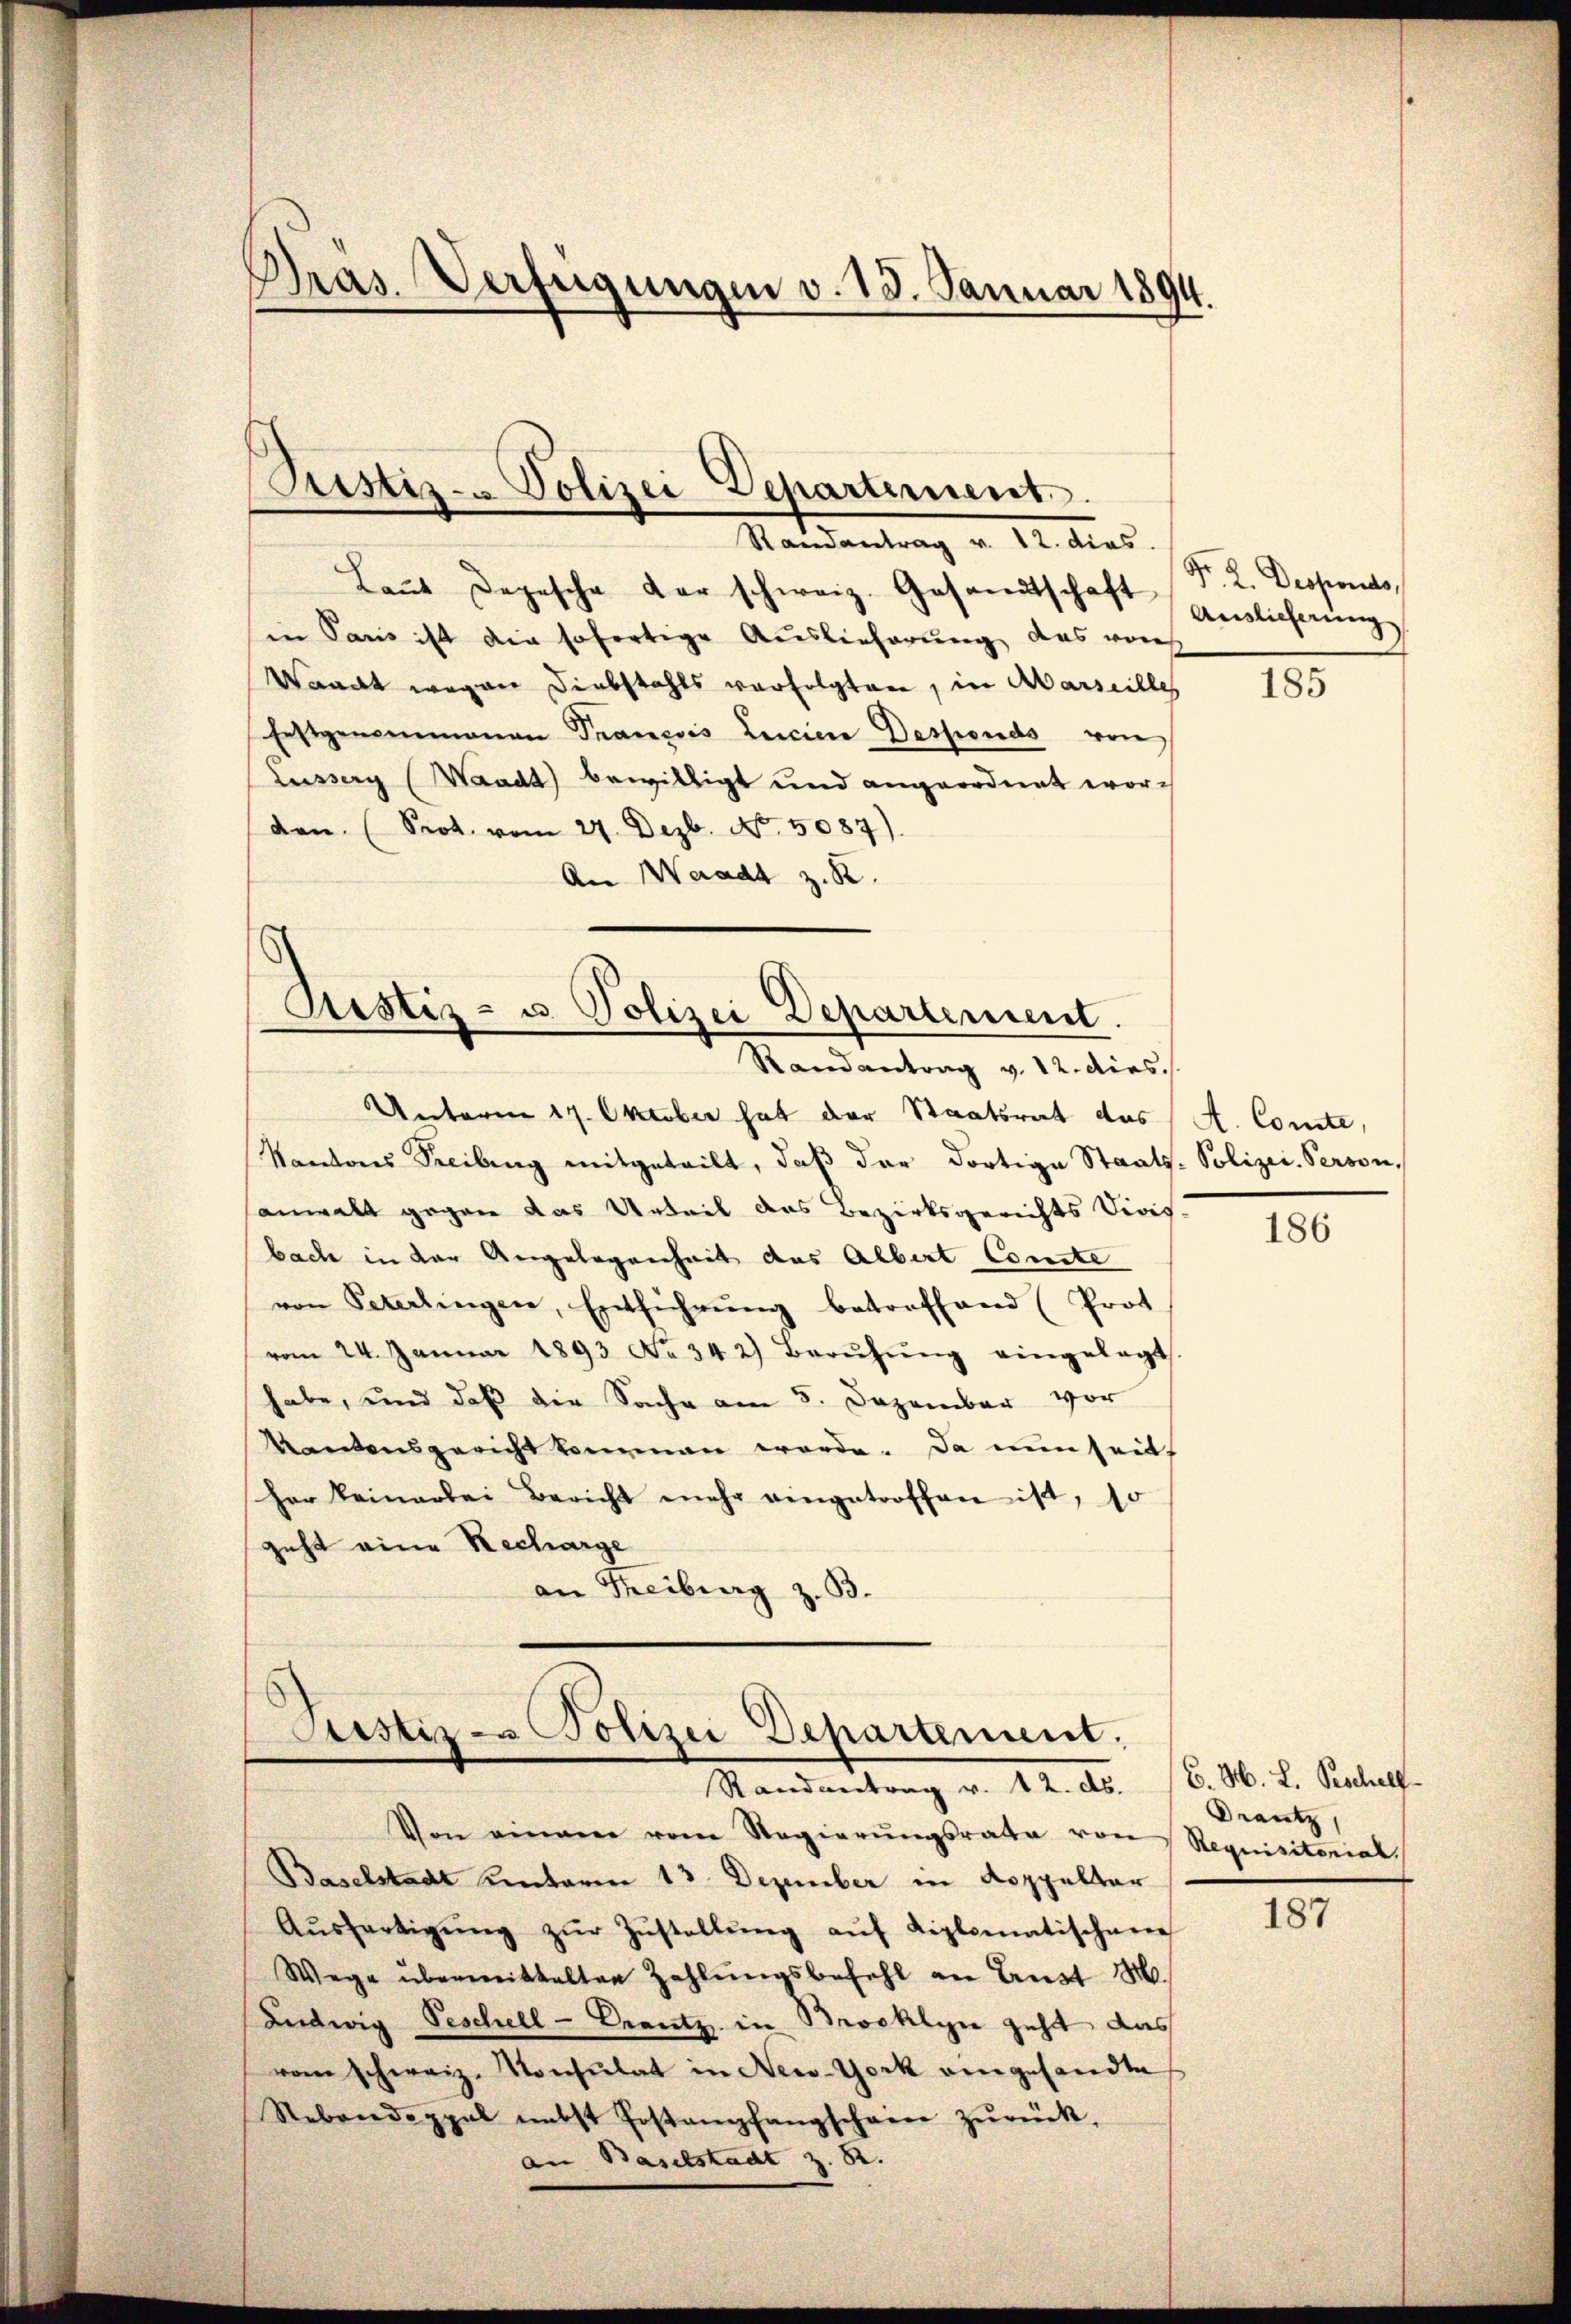
Pras. Verfügungen v. 15. Januar 1894.

Prustiz- Polizei Departement.

Randantrag v. 12. dies
Laŭt Depesche der schweiz. Gesandtschaft
in Paris ist die sofertige Auslieferung das von
Waadt wegen Diebstahls verfolgten, in Marseilles
Erstgenommenen Trancois Lucien Desponds von
Lussery (Waadt) bewilligt und angeordnet worden. (Prot. vom 27. Dezb. No. 5087).
An Waadt z. R.

Unterm 17. Oktober hat der Staatsrat das A. Comte,
Kantons Seeilung mitgeteilt, daβ der dortige Staats-Polizei-Person,
anwalt gegen das Urteil das Bezirksgerichts Vives.
bache in der Angelegenheit das Albert Comte
von Peterlingen, Entführŭng betreffend (Prot
vom 24. Januar 1893 No 342) Berŭhŭng eingelegt
habe, und daß die Sache am 5. Dezember vor
Kantonsgericht kommen werde. Da nun seits
her Beinarbei Bericht mehr eingetroffen ist, so
geht eine Recharge
an Freiburg z. B.

.
Justiz- u. Polizei Departement.
Randantrag v. 12. dies

Justiz- Polizei Departement.
Randantrag v. 12. ds. (C. M. L. Pischell

Von einem vom Regierŭngsrathe von
Baselstadt unterm 13. Dezember in Koppelter
Aŭsfertigŭng zŭr Zŭstellŭng aŭf diplomatischen
Wege übermittalten Zahlŭngsbefehl an Aŭst M.
Ludwig Beschell - Crantz in Brooklyn geht das
vom schweiz. Konsulat in New-York eingesandte
Rebendoppel nebst Postempfangschein zŭrück,
an Baselstadt z. R.

Fr. 2. Desponats
Auslieferung

185

186

Drantz,
Requisitorial.

187